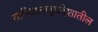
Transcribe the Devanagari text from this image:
तामिळनाडूप्रदेशातील